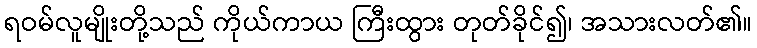
ရဝမ်လူမျိုးတို့သည် ကိုယ်ကာယ ကြီးထွား တုတ်ခိုင်၍၊ အသားလတ်၏။